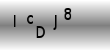
Text: IcDJ8